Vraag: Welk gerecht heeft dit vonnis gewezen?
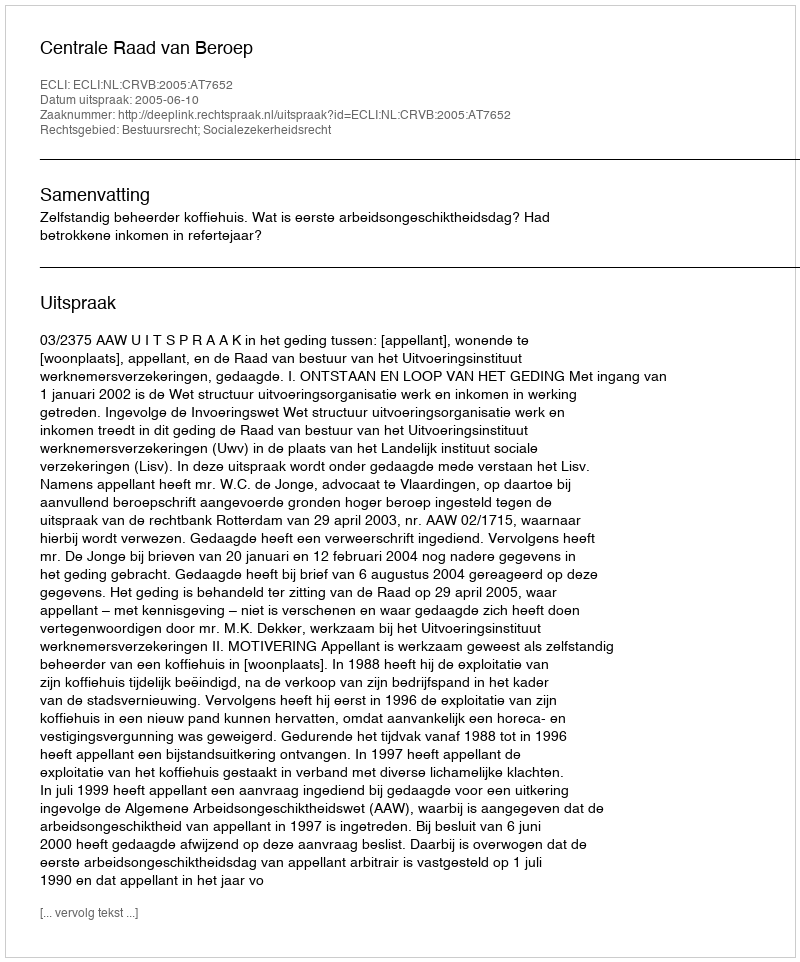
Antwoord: Centrale Raad van Beroep